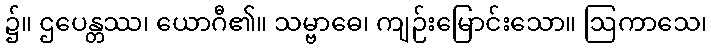
၌။ ဌပေန္တဿ၊ ယောဂီ၏။ သမ္ဗာဓေ၊ ကျဉ်းမြောင်းသော။ ဩကာသေ၊